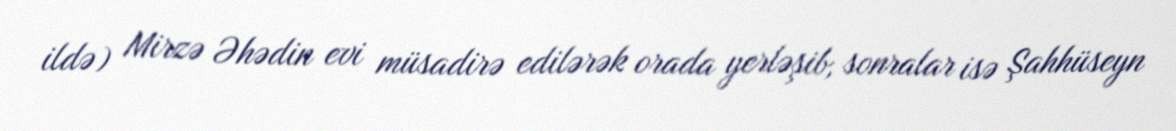
ildə) Mirzə Əhədin evi müsadirə edilərək orada yerləşib, sonralar isə Şahhüseyn